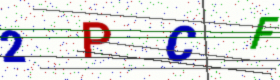
Text: 2PCF